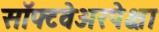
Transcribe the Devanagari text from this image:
सॉफ्टवेअरपेक्षा